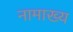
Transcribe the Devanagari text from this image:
नामाख्य